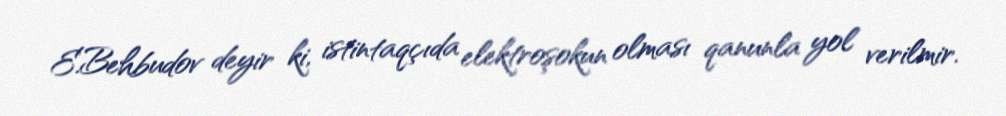
E.Behbudov deyir ki, istintaqçıda elektroşokun olması qanunla yol verilmir.